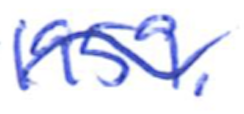
Text: 1959.
Cross-out: wave
Writing tool: ballpoint